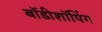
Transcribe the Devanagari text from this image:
बॉडीशॉपिंग